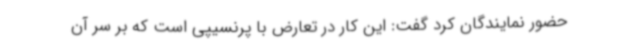
حضور نمایندگان کرد گفت: این کار در تعارض با پرنسیپی است که بر سر آن